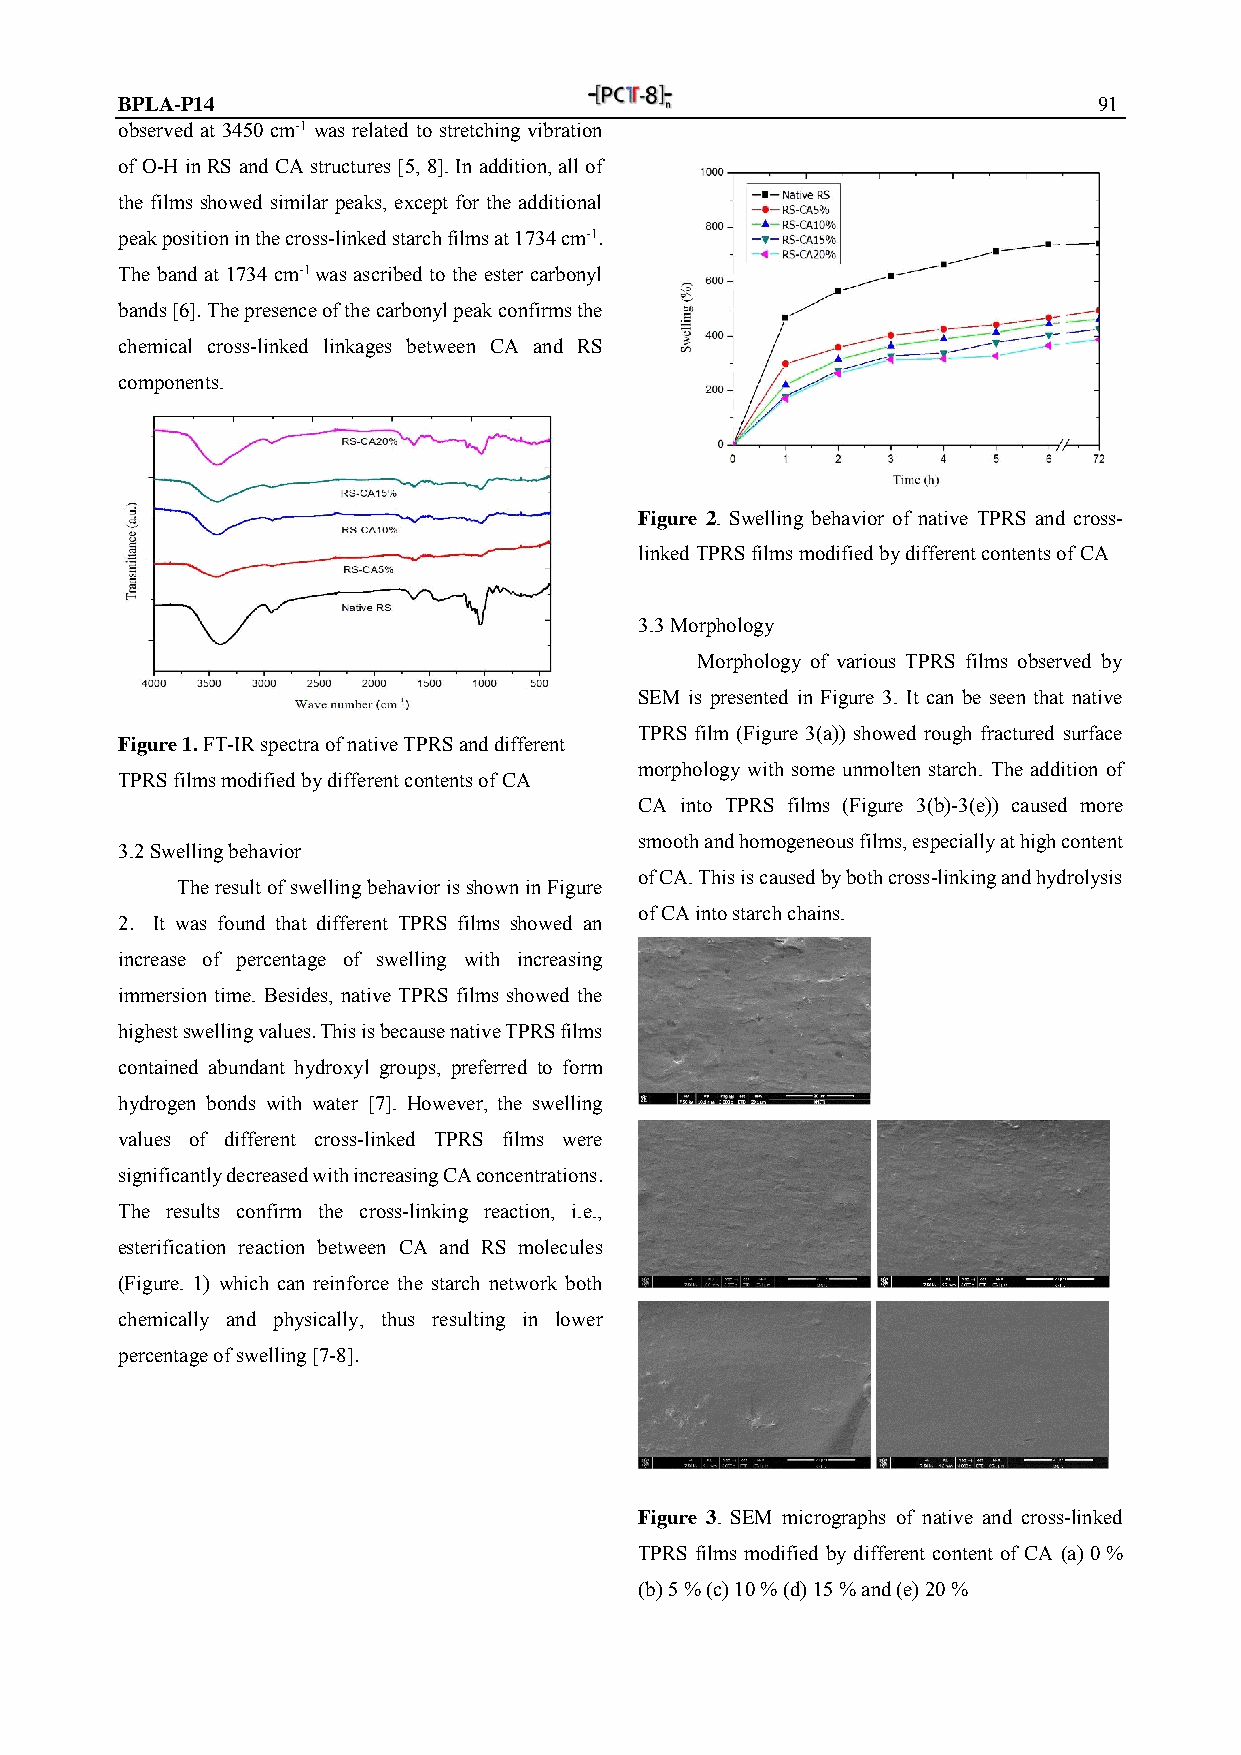
BPLA-P14                                                         91
 observed at 3450 cm-1 was related to stretching vibration
 of O-H in RS and CA structures [5, 8]. In addition, all of
 the films showed similar peaks, except for the additional
 peak position in the cross-linked starch films at 1734 cm-1.
 The band at 1734 cm-1 was ascribed to the ester carbonyl
 bands [6]. The presence of the carbonyl peak confirms the
 chemical cross-linked linkages between CA and RS
 components.
 Figure 2. Swelling behavior of native TPRS and cross-
 linked TPRS films modified by different contents of CA
 3.3 Morphology
 Morphology of various TPRS films observed by
 SEM is presented in Figure 3. It can be seen that native
 TPRS film (Figure 3(a)) showed rough fractured surface
 Figure 1. FT-IR spectra of native TPRS and different
 morphology with some unmolten starch. The addition of
 TPRS films modified by different contents of CA
 CA into TPRS films (Figure 3(b)-3(e)) caused more
 smooth and homogeneous films, especially at high content
 3.2 Swelling behavior
 of CA. This is caused by both cross-linking and hydrolysis
 The result of swelling behavior is shown in Figure
 of CA into starch chains.
 2. It was found that different TPRS films showed an
 increase of percentage of swelling with increasing
 immersion time. Besides, native TPRS films showed the
 highest swelling values. This is because native TPRS films
 contained abundant hydroxyl groups, preferred to form
 hydrogen bonds with water [7]. However, the swelling
 values of different cross-linked TPRS films were
 significantly decreased with increasing CA concentrations.
 The results confirm the cross-linking reaction, i.e.,
 esterification reaction between CA and RS molecules
 (Figure. 1) which can reinforce the starch network both
 chemically and physically, thus resulting in lower
 percentage of swelling [7-8].
 Figure 3. SEM micrographs of native and cross-linked
 TPRS films modified by different content of CA (a) 0 %
 (b) 5 % (c) 10 % (d) 15 % and (e) 20 %